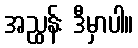
အညွှန်း ဒီမှာပါ။